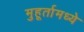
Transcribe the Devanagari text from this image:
मुहूर्तामध्ये